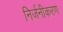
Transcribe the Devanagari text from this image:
निर्जनीकरण